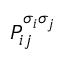
P _ { i j } ^ { \sigma _ { i } \sigma _ { j } }